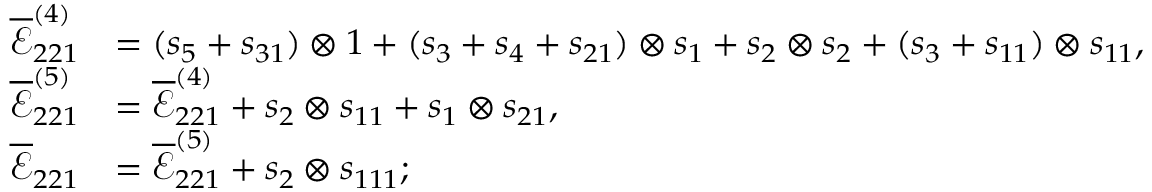
\begin{array} { r l } { \overline { { \mathcal { E } } } _ { 2 2 1 } ^ { ( 4 ) } } & { = ( s _ { 5 } + s _ { 3 1 } ) \otimes 1 + ( s _ { 3 } + s _ { 4 } + s _ { 2 1 } ) \otimes s _ { 1 } + s _ { 2 } \otimes s _ { 2 } + ( s _ { 3 } + s _ { 1 1 } ) \otimes s _ { 1 1 } , } \\ { \overline { { \mathcal { E } } } _ { 2 2 1 } ^ { ( 5 ) } } & { = \overline { { \mathcal { E } } } _ { 2 2 1 } ^ { ( 4 ) } + s _ { 2 } \otimes s _ { 1 1 } + s _ { 1 } \otimes s _ { 2 1 } , } \\ { \overline { { \mathcal { E } } } _ { 2 2 1 } } & { = \overline { { \mathcal { E } } } _ { 2 2 1 } ^ { ( 5 ) } + s _ { 2 } \otimes s _ { 1 1 1 } ; } \end{array}